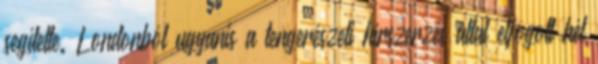
segítette. Londonból ugyanis a tengerészeti hírszerzés által elfogott hét